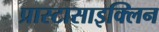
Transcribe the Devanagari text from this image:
प्रास्टासाइक्लिन